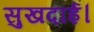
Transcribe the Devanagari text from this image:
सुखदाई।